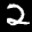
Label: 2